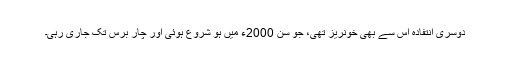
دوسری انتفادہ اس سے بھی خونریز تھی، جو سن 2000ء میں ہو شروع ہوئی اور چار برس تک جاری رہی۔